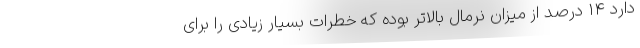
دارد ۱۴ درصد از میزان نرمال بالاتر بوده که خطرات بسیار زیادی را برای